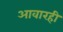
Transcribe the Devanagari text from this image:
आवारही